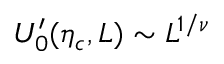
U _ { 0 } ^ { \prime } ( \eta _ { c } , L ) \sim L ^ { 1 / \nu }